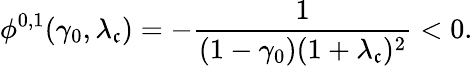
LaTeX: \phi^{0,1}(\gamma_{0},\lambda_{\mathfrak{c}})=-\frac{{1}}{{(1-\gamma_{0})(1+\lambda_{\mathfrak{c}})^{2}}}<0.